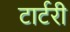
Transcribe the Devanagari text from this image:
टार्टरी